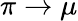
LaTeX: \pi\rightarrow\mu